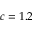
c = 1 . 2